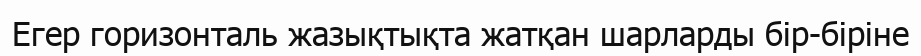
Егер горизонталь жазықтықта жатқан шарларды бір-біріне